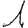
Digit: 1